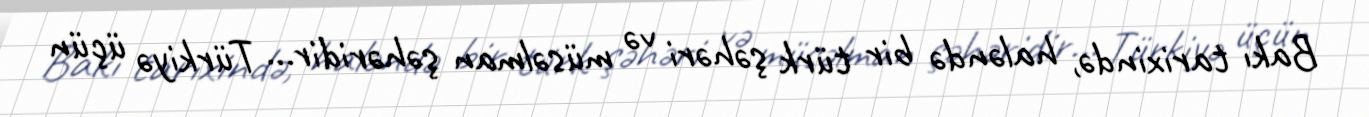
Bakı tarixində, haləndə bir türk şəhəri və müsəlman şəhəridir... Türkiyə üçün